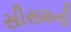
સીસમની